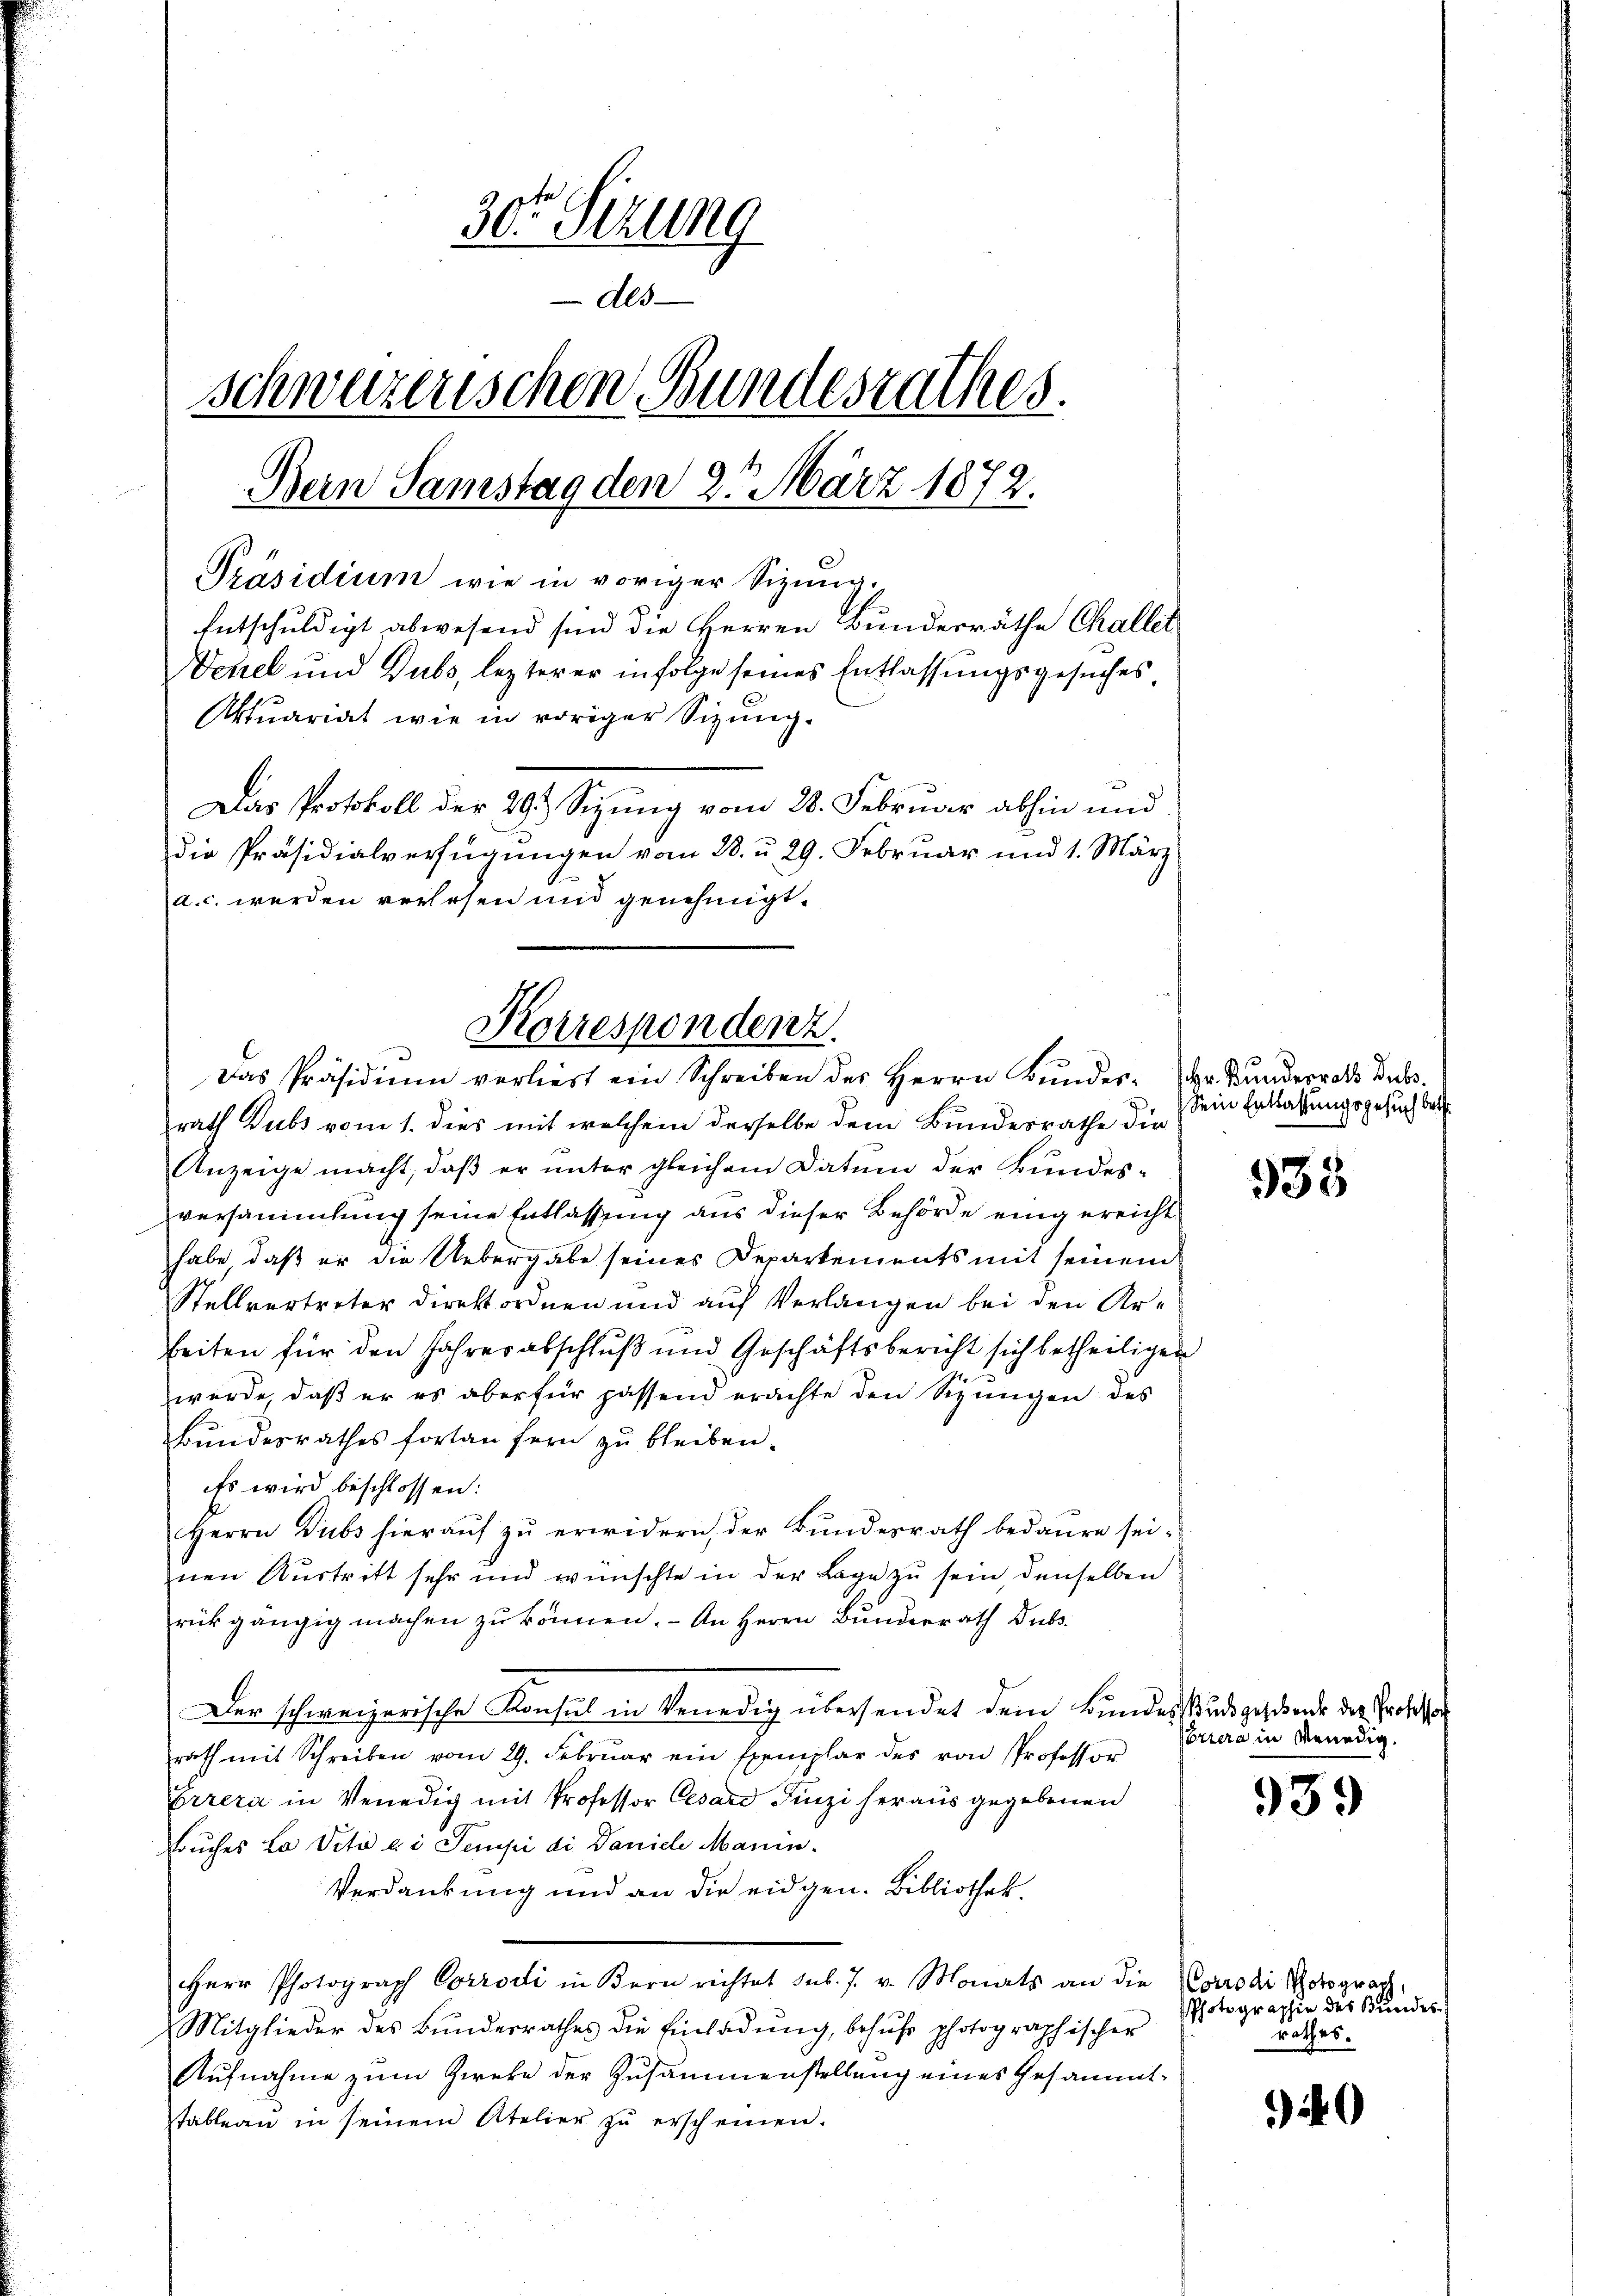
30 Sezung
Als
schweizerischen Bundesrathes.
Bein Samstag den 2. März 1872.
Präsidium wie in voriger Sizung.
Entschuldigt abwesend sind die Herren Bundesräthe Challet
Verzel und Dubs, lezterer in folge seines Entlassungsgesuches,
Aktuariat wie in voriger Sizung.
Das Protokoll der 29. Sizŭng vom 28. Februar abhin und
die Präsidialverfügungen vom 28. u. 29. Februar und 1. März
a. c. werden verlesen und genehmigt.

Korrespondenz.
Das Präsidium verliest ein Schreiben des Herrn Bŭndes- der Bunderrats Dubs

rath Dubs vom 1. dies mit welchem derselbe dem Bundesrathe die
Anzeige macht, daβ er ŭnter gleichem Datum der Bundes-
versammlung seine Entlassung aus dieser Behörde eingereicht
habe, daß er die Uebergabe seines Departements mit seinem
Stellvertreter direktordnen und auf Verlangen bei den Ar-
beiten für den Jahresabschluß und Geschäftsbericht sich betheiligen
werde, daß er es aber für passend erachte den Sizneigen des
Bundesrathes fortan fern zu bleiben.
Es wird beschlossen:
Herrn Dubs hierauf zu erwidern der Bundesrath bedaure sei.
nen Austritt sehr und wünschte in der Lage zu sein, denselben
rückgängig machen zu können. - An Herrn Bunderrath Dubs
Der schweizerische Konsul in Venedig übersendet dem Bundesstund gestande der Protorath mit Schreiben vom 29. Febrŭar ein Exemplar des von Professor
Errera in Venedig mit Professor Cesard Finzi heraus gegebenen
Bruches Lo Vito ai Sempi di Daniel Manin.
Verdankung und an die eidgen. Bibliothek.
Herr Photograph Corrodi in Kern richtet sub. 7. v. Monats an die Corrodi holograph
Mitglieder des Bŭndesrathes die Einladŭng, behŭfs photographischer
Aufnahme zum Zweke der Zusammenstellung eines Gesammt-
Tableau in seinem Atelier zu erscheinen.

Sein Entlassungsgesuch betr.

933

Ebriera in Venedig.

939

Photographie des Bundes
rathes.

40